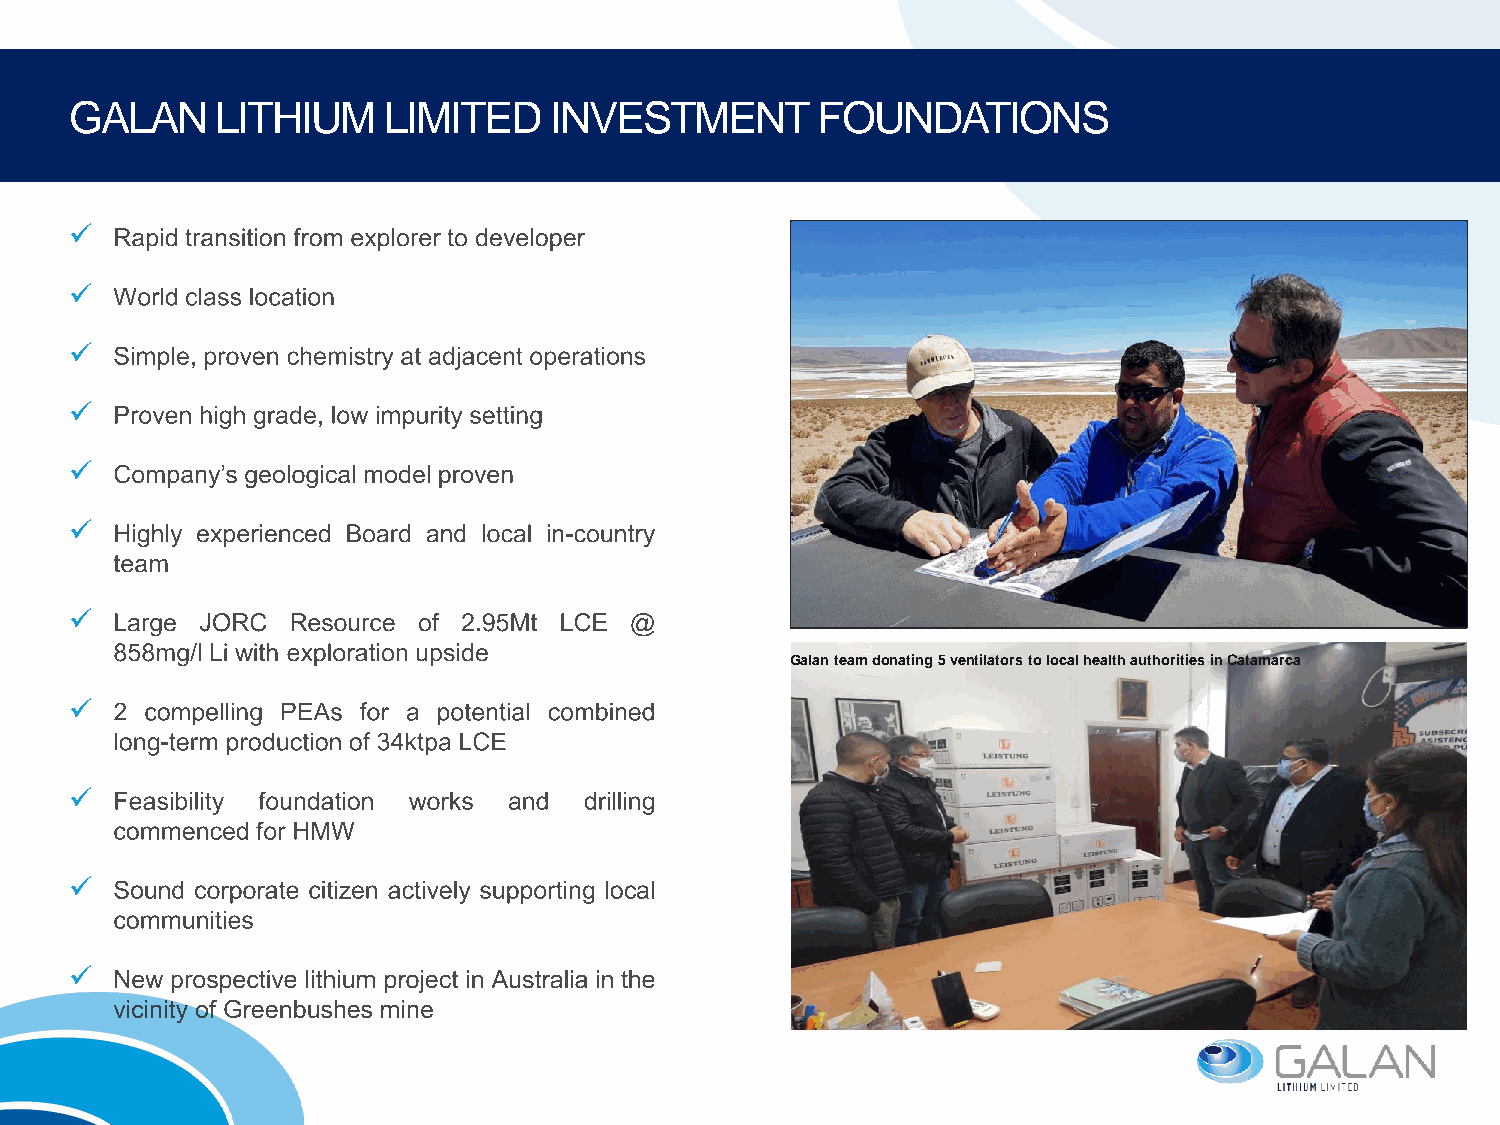
GALAN    LITHIUM    LIMITED    INVESTMENT        FOUNDATIONS
 ✓
 ✓
 ✓
 ✓
 ✓
 ✓
 ✓
 Galan team donating 5 ventilators to local health authorities in Catamarca
 ✓
 ✓
 ✓
 ✓